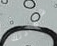
شهادتك